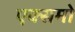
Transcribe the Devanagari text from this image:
एक्समो